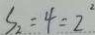
S _ { 2 } = 4 = 2 ^ { 2 }